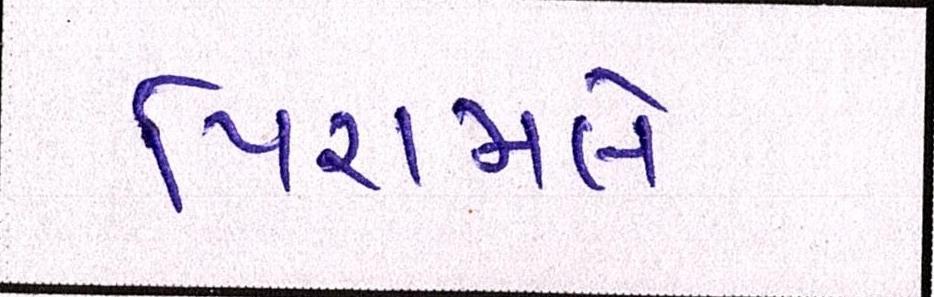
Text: પિરામલે